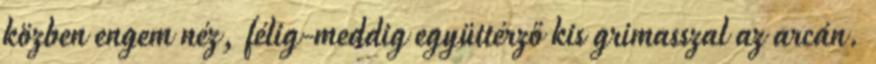
közben engem néz, félig-meddig együttérző kis grimasszal az arcán.